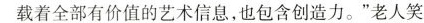
载着全部有价值的艺术信息，也包含创造力。”老人笑